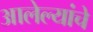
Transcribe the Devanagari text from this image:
आलेल्यांचे